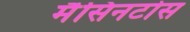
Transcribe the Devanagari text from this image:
मैसिनटोस